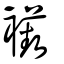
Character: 襼